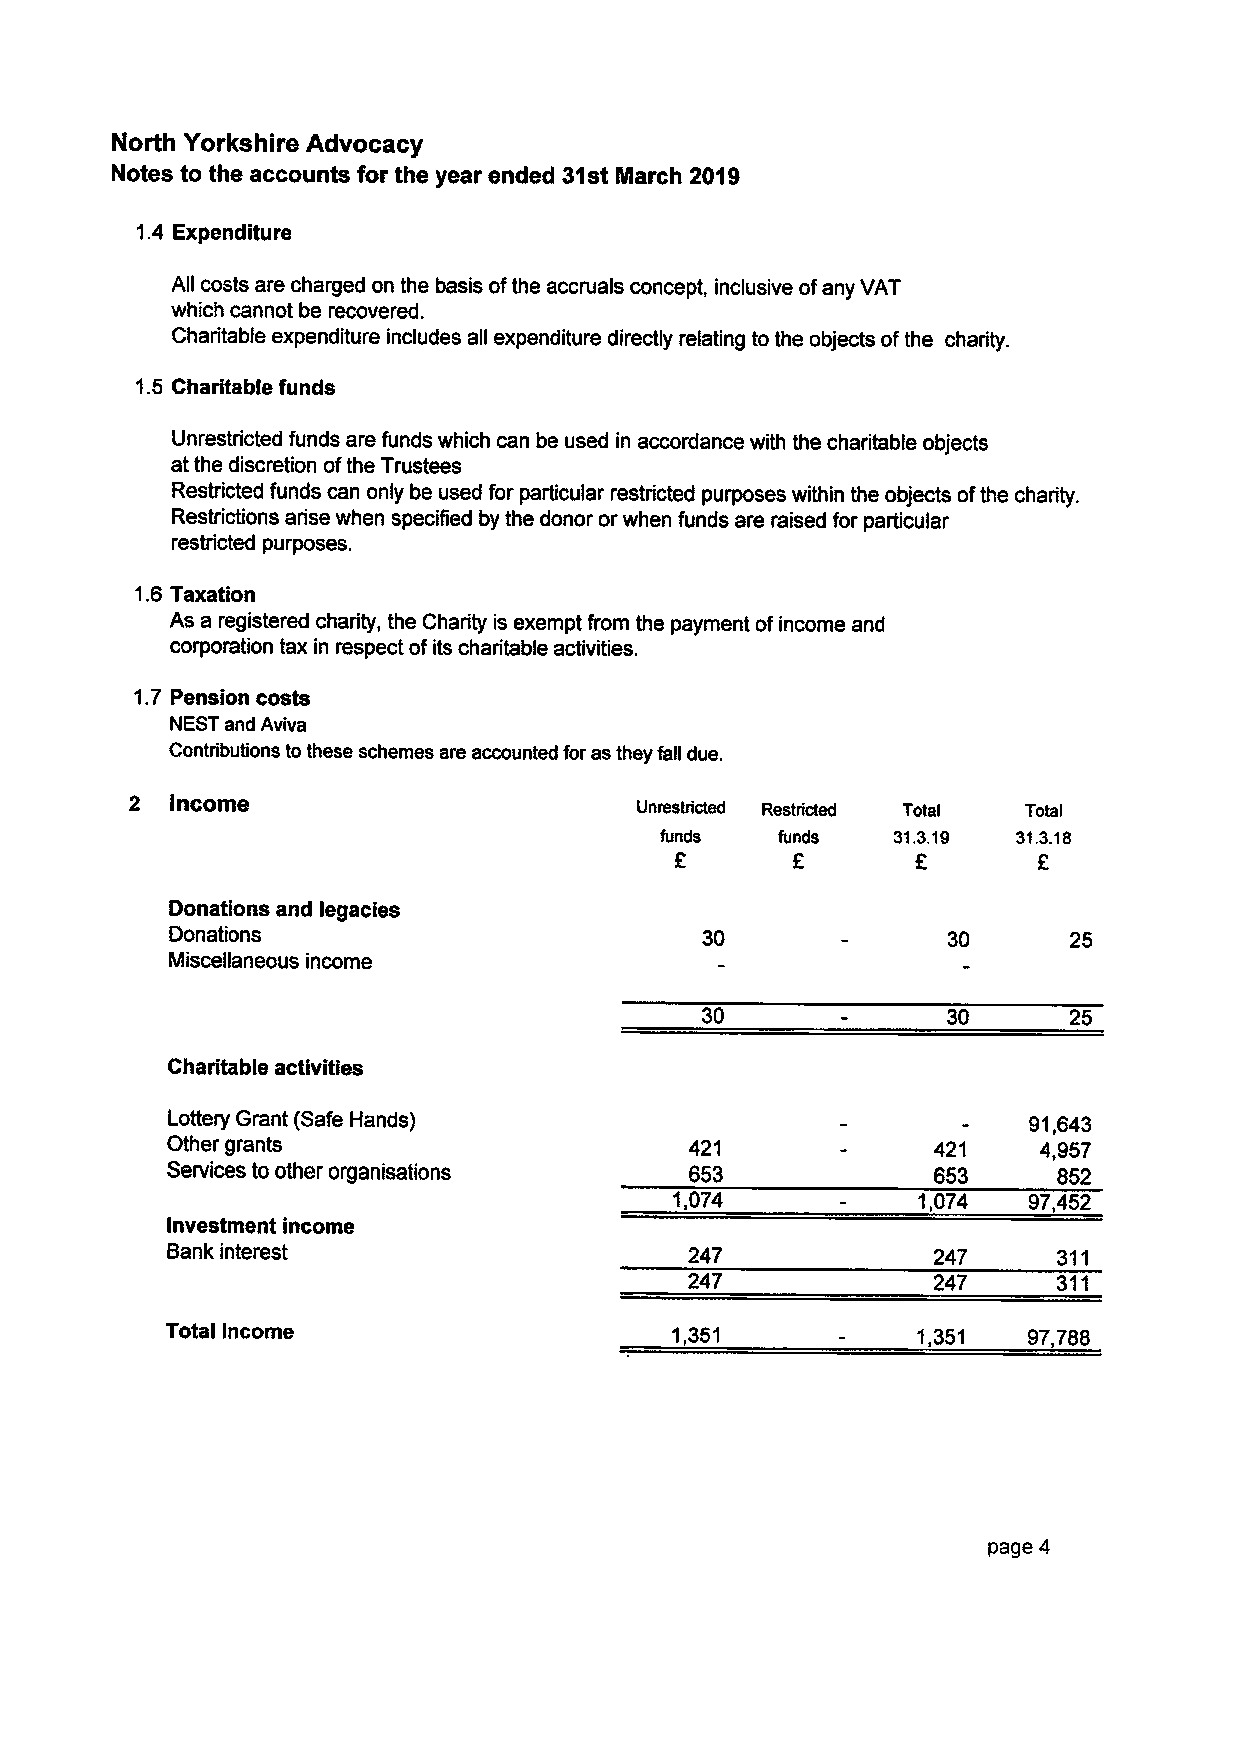
North Yorkshire Advocacy
 Notes to the accounts for the year ended 31st March 2019
 1.4 Expenditure
 All costs are charged on the basis ofthe accruals concept, inclusive ofany VAT
 which cannot be recovered.
 Charitable expenditure includes all expenditure directly relating to the objects ofthe charity.
 1.5 Charitable funds
 Unrestricted funds are funds which can be used in accordance with the charitable objects
 at the discretion ofthe Trustees
 Restricted funds can only be used for particular restricted purposes within the objects ofthe charity.
 Restrictions arise when specified by the donor orwhen funds are raised for particular
 restricted purposes.
 1.6 Taxation
 As a registered charity, the Charity is exempt from the payment ofincome and
 corporation tax in respect ofits charitable activities.
 1.7 Pension costs
 NEST and Aviva
 Contributions tothese schemes are accounted for as they fall due.
 2 Income
 Unrestricted Restricted Total Total
 funds   funds  31.3.19 31.3.18
 F
 Donations and legacies
 Donations                           30              30      25
 Miscellaneous income
 30               30      25
 Charitable activities
 Lottery Grant (Safe Hands)                               91,643
 Other grants                       421             421    4,957
 Services to other organisations    653             653     852
 1,074           1,074  97,452
 Investment income
 Bank interest                      247             247     311
 247             247     311
 Total Income                      1,351           1,351  97,788
 page 4